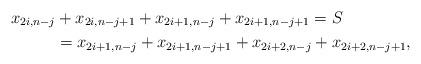
LaTeX: \begin{align*}x_{2i,n-j} &+ x_{2i,n-j+1} + x_{2i+1,n-j} + x_{2i+1,n-j+1} = S \\ &= x_{2i+1,n-j} + x_{2i+1,n-j+1} + x_{2i+2,n-j} + x_{2i+2,n-j+1},\end{align*}